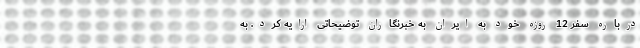
درباره سفر 12 روزه خود به ایران به خبرنگاران توضیحاتی ارایه کرد. به